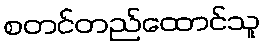
စတင်တည်ထောင်သူ